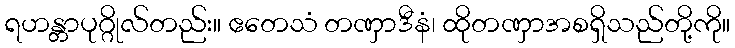
ရဟန္တာပုဂ္ဂိုလ်တည်း။ ဧတေသံ တဏှာဒီနံ၊ ထိုတဏှာအစရှိသည်တို့ကို။